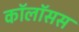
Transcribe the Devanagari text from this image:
कॉलॉसस